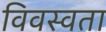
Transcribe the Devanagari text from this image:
विवस्वता